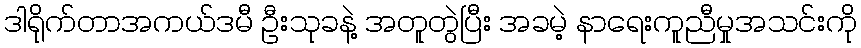
ဒါရိုက်တာအကယ်ဒမီ ဦးသုခနဲ့ အတူတွဲပြီး အခမဲ့ နာရေးကူညီမှုအသင်းကို